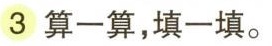
3 算一算，填一填。